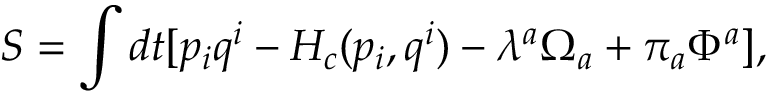
S = \int d t [ p _ { i } q ^ { i } - H _ { c } ( p _ { i } , q ^ { i } ) - \lambda ^ { a } \Omega _ { a } + \pi _ { a } \Phi ^ { a } ] ,